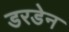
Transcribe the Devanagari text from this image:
डरडेन